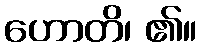
ဟောတိ၊ ၏။